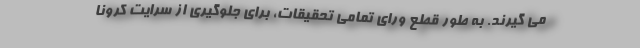
می گیرند. به طور قطع ورای تمامی تحقیقات، برای جلوگیری از سرایت کرونا